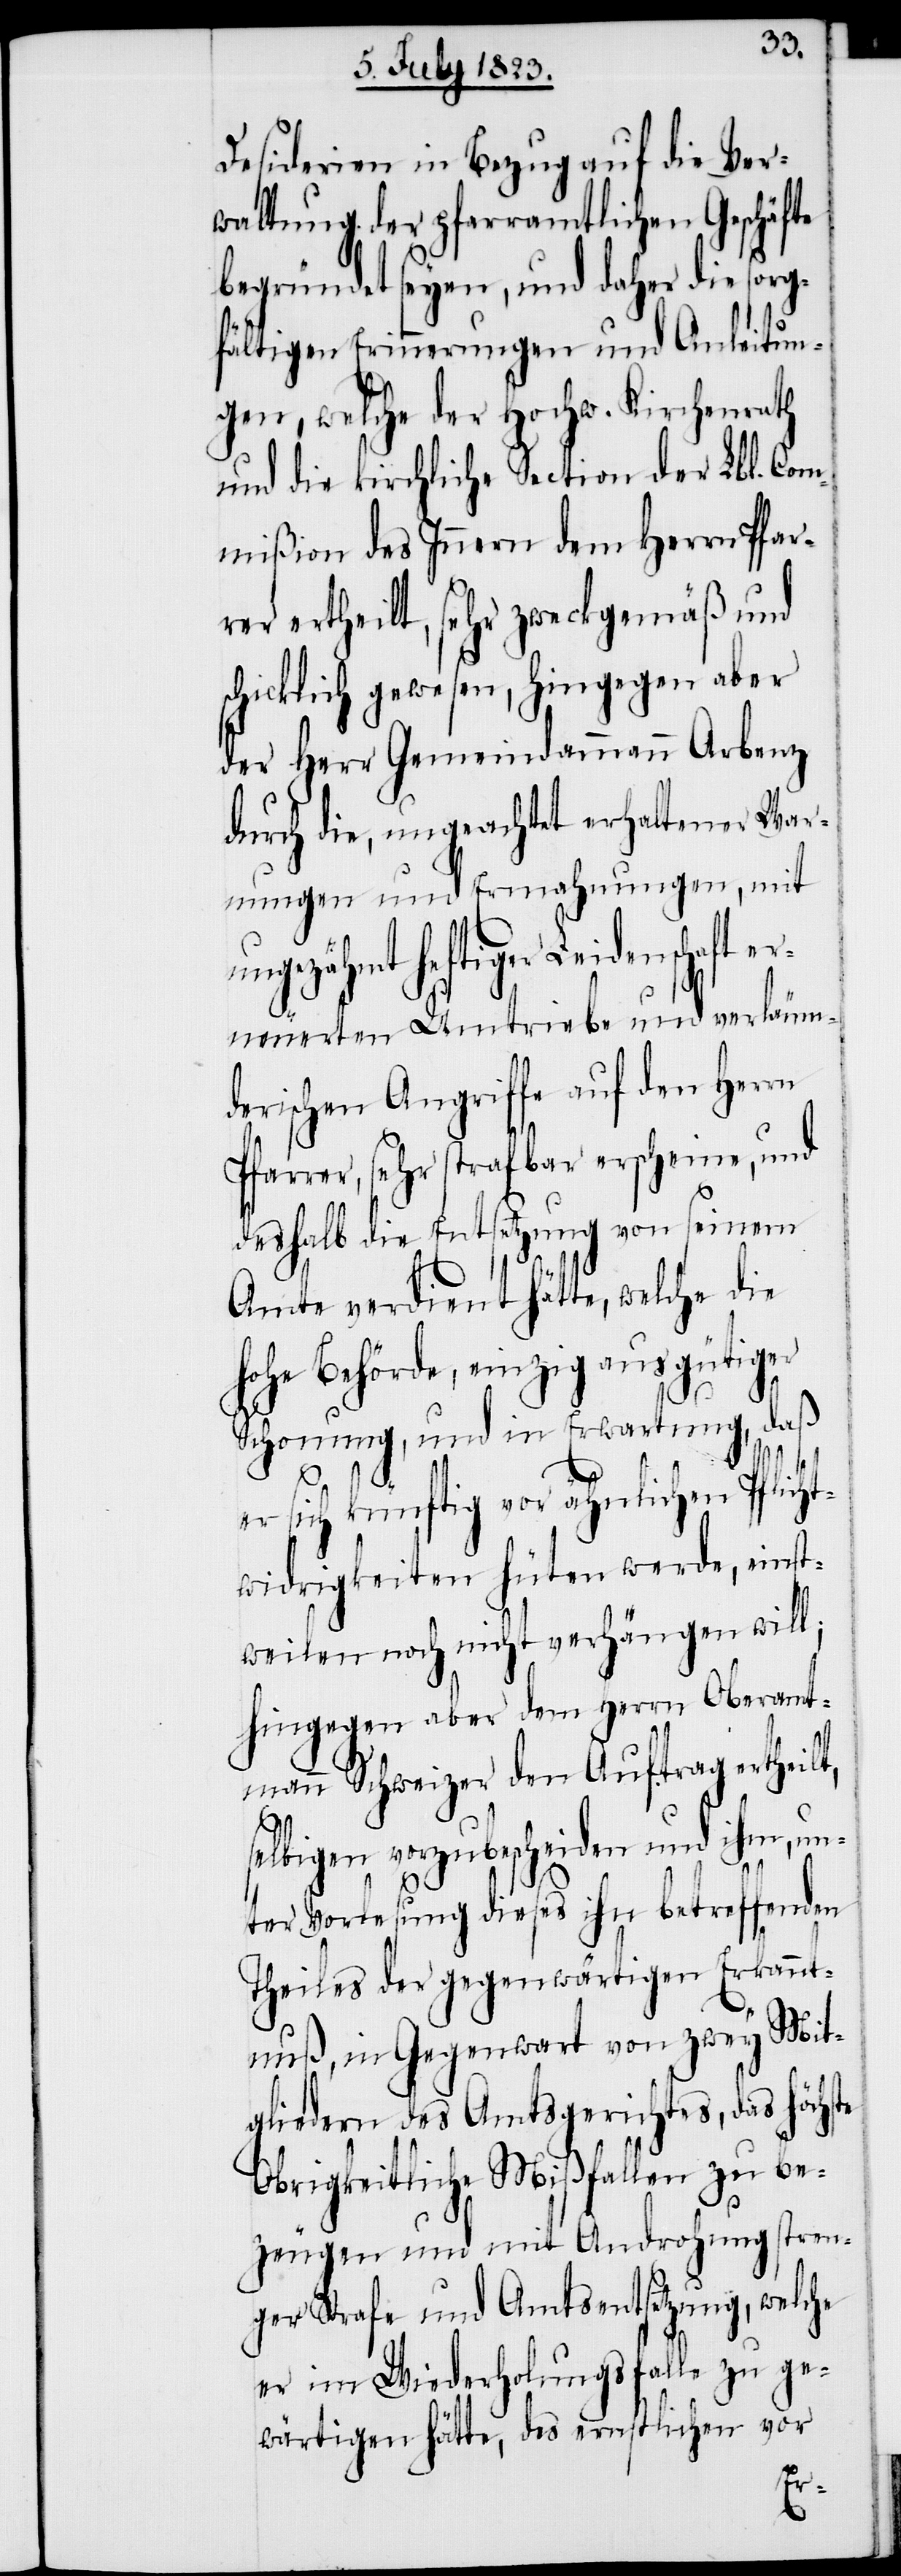
Desiderien in Bezug auf die Ver¬
waltung der pfarramtlichen Geschäfte
begründet seyen, und daher die sorg¬
fältigen Erinnerungen und Anleitun¬
gen, welche der Hochw. Kirchenrath
und die kirchliche Section der Lbl. Com¬
mißion des Innern dem Herrn Pfar¬
rer ertheilt, sehr zweckgemäß und
schicklich gewesen, hingegen aber
der Herr Gemeindammann Arbenz
durch die, ungeachtet erhaltener War¬
nungen und Ermahnungen, mit
Leidenschaft er¬
neuerten Umtriebe und verläum¬
derischen Angriffe auf den Herrn
Pfarrer, sehr strafbar erscheine, und
deshalb die Entsetzung von seinem
Amte verdient hätte, welche die
hohe Behörde, einzig aus gütiger
Schonung, und in Erwartung, daß
er sich künftig vor ähnlichen Pflicht¬
widrigkeiten hüten werde, einst¬
weilen noch nicht verhängen will;
hingegen aber dem Herrn Oberamt¬
mann Schweizer den Auftrag ertheilt,
te
selbigen vorzubescheiden und ihm, un¬
ter Vorlesung dieses ihn betreffenden
Theiles der gegenwärtigen Erkannt¬
nuß, in Gegenwart von zwey Mit¬
gliedern des Amtsgerichtes, das höchs¬
Obrigkeitliche Mißfallen zu be¬
zeugen und mit Androhung stren¬
ger Strafe und Amtsentsetzung, welche
er im Wiederholungsfalle zu ge¬
wärtigen hätte, des ernstlichen vor